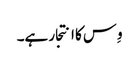
وِس کا انتجار ہے۔